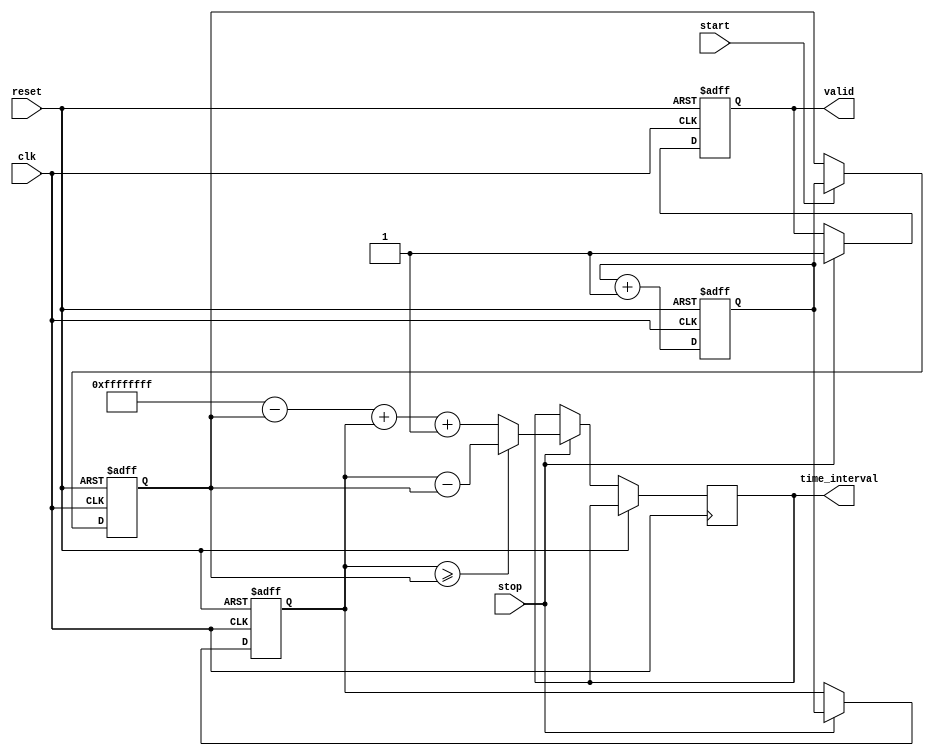
module TDC (
    input wire clk,               // High-speed clock (100 MHz)
    input wire reset,             // Asynchronous reset
    input wire start,             // START trigger signal
    input wire stop,              // STOP trigger signal
    output reg [31:0] time_interval, // Output time interval
    output reg valid              // Valid output signal
);

    // Parameters
    parameter MEMORY_DEPTH = 256; // Depth of the memory
    parameter ADDR_WIDTH = 8;      // Address width for memory

    // Internal signals
    reg [31:0] timestamp_start;     // Timestamp for START event
    reg [31:0] timestamp_stop;      // Timestamp for STOP event
    reg [31:0] counter;             // Counter for timestamp generation
    reg [ADDR_WIDTH-1:0] write_addr; // Write address for memory
    reg [ADDR_WIDTH-1:0] read_addr;  // Read address for memory
    reg [31:0] memory [0:MEMORY_DEPTH-1]; // Dual-port memory

    // Counter for timestamp generation
    always @(posedge clk or posedge reset) begin
        if (reset) begin
            counter <= 32'b0;
        end else begin
            counter <= counter + 1; // Increment counter on each clock cycle
        end
    end

    // Event capture and memory storage
    always @(posedge clk or posedge reset) begin
        if (reset) begin
            timestamp_start <= 32'b0;
            timestamp_stop <= 32'b0;
            valid <= 1'b0;
            write_addr <= 0;
            read_addr <= 0;
        end else begin
            if (start) begin
                timestamp_start <= counter; // Capture START timestamp
                memory[write_addr] <= timestamp_start; // Store in memory
                write_addr <= write_addr + 1; // Increment write address
            end
            if (stop) begin
                timestamp_stop <= counter; // Capture STOP timestamp
                memory[write_addr] <= timestamp_stop; // Store in memory
                write_addr <= write_addr + 1; // Increment write address
                // Calculate time interval
                if (timestamp_stop >= timestamp_start) begin
                    time_interval <= timestamp_stop - timestamp_start; // Calculate interval
                end else begin
                    // Handle overflow case
                    time_interval <= (32'hFFFFFFFF - timestamp_start) + timestamp_stop + 1;
                end
                valid <= 1'b1; // Indicate valid output
            end
        end
    end

    // Optional: Output logic to read from memory or transmit data can be added here

endmodule